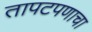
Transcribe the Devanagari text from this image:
तापटपणाचा